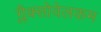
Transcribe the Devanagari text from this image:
ग्लैक्सोवेलकम